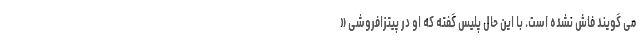
می گویند فاش نشده است. با این حال پلیس گفته که او در پیتزافروشی «